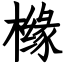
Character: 橼